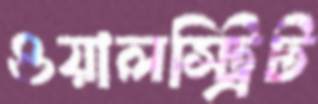
ওয়ালস্ট্রিট